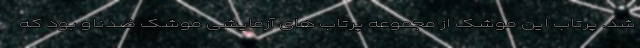
شد. پرتاب این موشک از مجموعه پرتاب های آزمایشی موشک ضدناو بود که